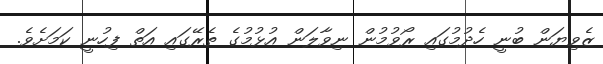
ޒެވިޔަން ބުނީ ހެދުމުގައި ރޯވުމުން ނިވާލަން އުޅުމުގެ ތެރޭގައި އަތް ފިހުނީ ކަމަށެވެ.